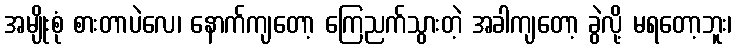
အမျိုးစုံ စားတာပဲလေ၊ နောက်ကျတော့ ကြေညက်သွားတဲ့ အခါကျတော့ ခွဲလို့ မရတော့ဘူး၊